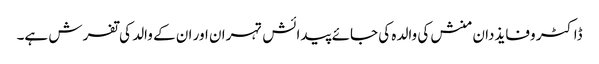
ڈاکٹر وفایذدان منش کی والدہ کی جائے پیدائش تہران اور ان کے والد کی تفرش ہے۔